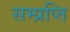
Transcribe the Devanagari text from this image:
सम्प्रप्ति